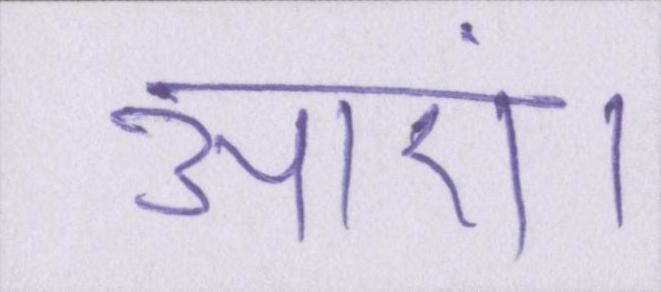
आएं।